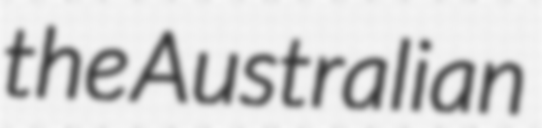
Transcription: the Australian